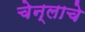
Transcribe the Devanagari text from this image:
चेन्लाचे